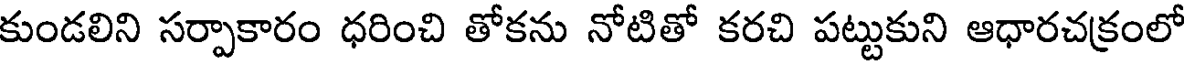
కుండలిని సర్పాకారం ధరించి తోకను నోటితో కరచి పట్టుకుని ఆధారచక్రంలో